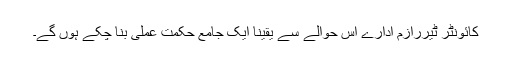
کائونٹر ٹیررازم ادارے اس حوالے سے یقیناً ایک جامع حکمت عملی بنا چکے ہوں گے۔